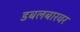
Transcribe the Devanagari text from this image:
डबलबारवर